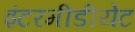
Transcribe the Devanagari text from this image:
इंटरमीडीयेट